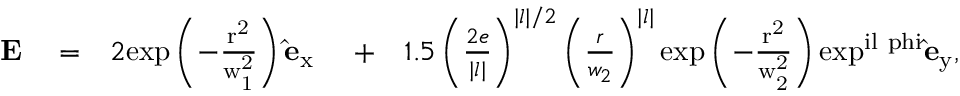
\begin{array} { r l r l r } { \mathbf { E } } & { { } = } & { 2 \mathrm { { e x p } \left( - \frac { r ^ { 2 } } { w _ { 1 } ^ { 2 } } \right) \hat { \mathbf { e } } _ { x } \ } } & { { } + } & { 1 . 5 \left( \frac { 2 e } { | l | } \right) ^ { | l | / 2 } \left( \frac { r } { w _ { 2 } } \right) ^ { | l | } \mathrm { { e x p } \left( - \frac { r ^ { 2 } } { w _ { 2 } ^ { 2 } } \right) \mathrm { e x p } ^ { i l \ p h i } \hat { \mathbf { e } } _ { y } , } } \end{array}